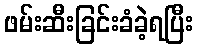
ဖမ်းဆီးခြင်းခံခဲ့ရပြီး